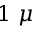
1 ~ \mu